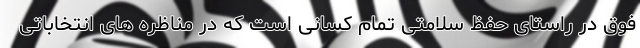
فوق در راستای حفظ سلامتی تمام کسانی است که در مناظره های انتخاباتی